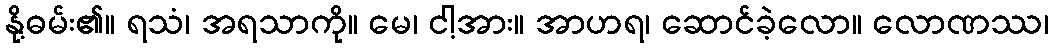
နို့ဓမ်း၏။ ရသံ၊ အရသာကို။ မေ၊ ငါ့အား။ အာဟရ၊ ဆောင်ခဲ့လော။ လောဏဿ၊